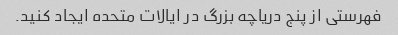
فهرستی از پنج دریاچه بزرگ در ایالات متحده ایجاد کنید.